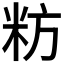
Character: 𮇉